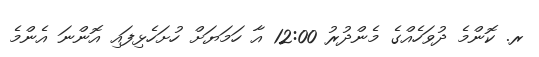
ރ. ކޮންމެ ދުވަހެއްގެ މެންދުރު 12:00 އާ ހަމަޔަށް ހުށަހެޅިފައި އޮންނަ އެންމެ